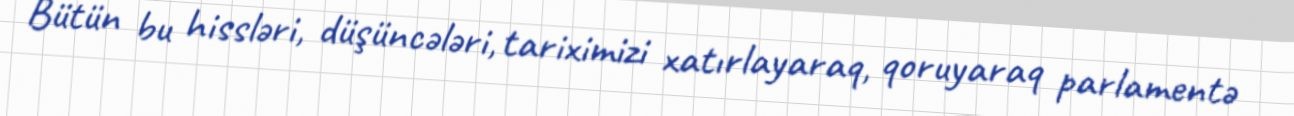
Bütün bu hissləri, düşüncələri, tariximizi xatırlayaraq, qoruyaraq parlamentə